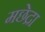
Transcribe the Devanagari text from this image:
मछेद्रा